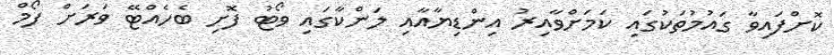
ކޮށްފައިވާ ގައުމުތަކުގައި ކަމަށްވާއިރު އިންޑިޔާއާއި ލަންކާގައި ވޯޓު ފޮށި ބެހެއްޓޭ ވަރަށް ފޯމް